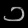
Digit: ၁